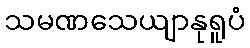
သမဏသေယျာနုရူပံ